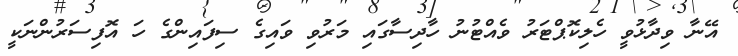
އޭނާ ވިދާޅުވީ ހެލިކޮޕްޓަރު ވެއްޓުނު ހާދިސާގައި މަރުވި ވައިގެ ސިފައިންގެ ހަ އޮފިސަރުންނަކީ